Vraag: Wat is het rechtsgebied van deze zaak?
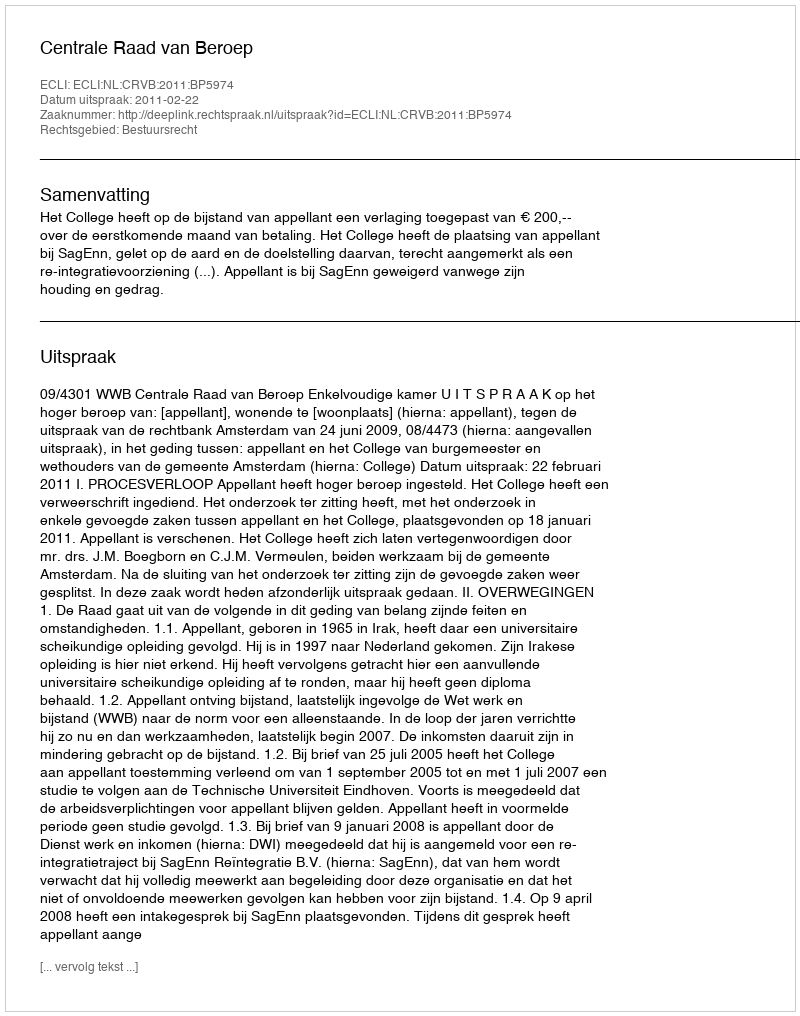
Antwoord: Bestuursrecht